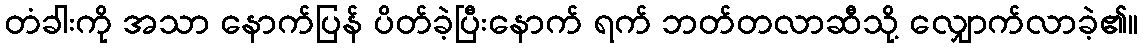
တံခါးကို အသာ နောက်ပြန် ပိတ်ခဲ့ပြီးနောက် ရက် ဘတ်တလာဆီသို့ လျှောက်လာခဲ့၏။